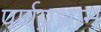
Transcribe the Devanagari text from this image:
पर्णप्रधान